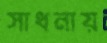
সাধনায়